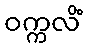
ဝက္ကလိံ